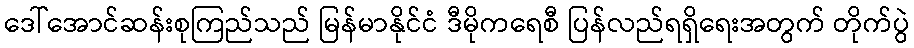
ဒေါ်အောင်ဆန်းစုကြည်သည် မြန်မာနိုင်ငံ ဒီမိုကရေစီ ပြန်လည်ရရှိရေးအတွက် တိုက်ပွဲ